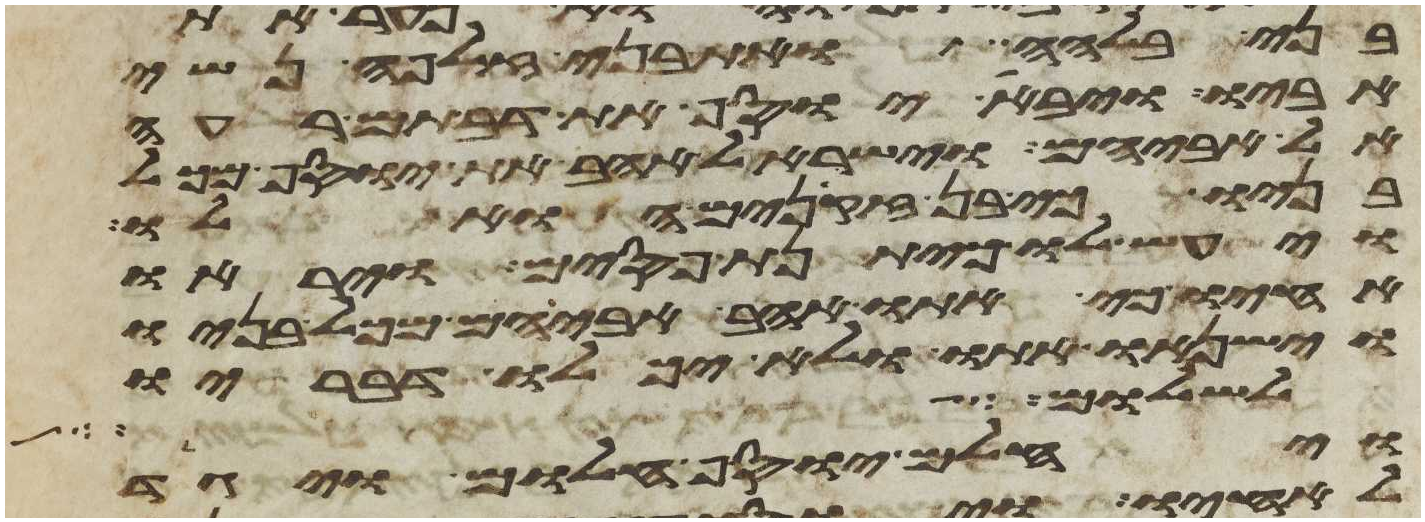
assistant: בני בלהה ואת בני זלפה נשי
אביו ויבא יוסף את דבתם רעה
אל אביהם וישראל אהב את יוסף מכל
בניו כי בן זקנים הוא לו
ויעש לו כיתנת פסים ויראו
אחיו כי אתו אהב אביהם מכל בניו
וישנאו אתו ולא יכלו דבריו
מום ואשר לא עלה
ויחלם יוסף חלום ויגד